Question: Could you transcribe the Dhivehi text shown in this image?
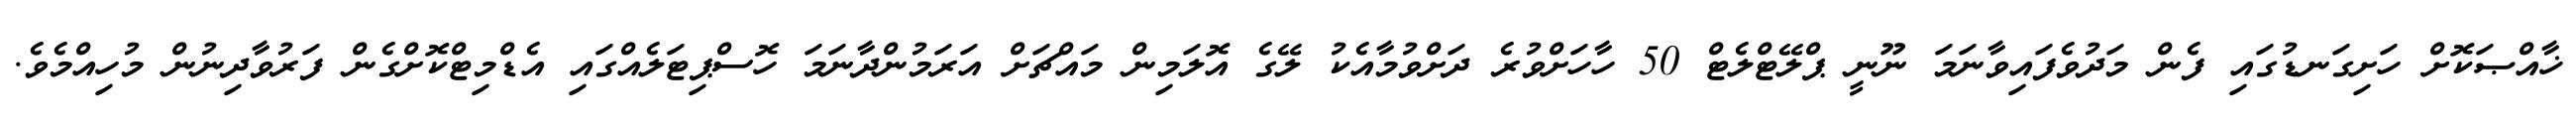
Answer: ޚާއްޞަކޮށް ހަށިގަނޑުގައި ފެން މަދުވެފައިވާނަމަ ނޫނީ ޕްލޭޓްލެޓް 50 ހާހަށްވުރެ ދަށްވުމާއެކު ލޭގެ އޮލަމިން މައްޗަށް އަރަމުންދާނަމަ ހޮސްޕިޓަލެއްގައި އެޑްމިޓްކޮށްގެން ފަރުވާދިނުން މުހިއްމެވެ.